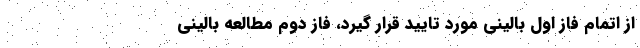
از اتمام فاز اول بالینی مورد تایید قرار گیرد، فاز دوم مطالعه بالینی